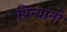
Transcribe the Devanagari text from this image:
प्रिन्यानो